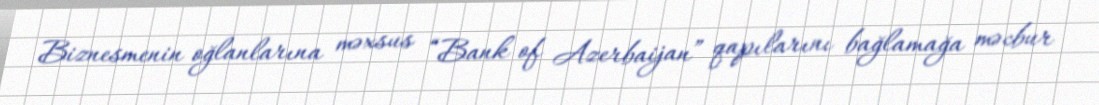
Biznesmenin oğlanlarına məxsus “Bank of Azerbaijan” qapılarını bağlamağa məcbur